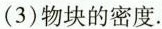
(3)物块的密度。